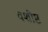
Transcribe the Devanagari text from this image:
वशीष्ट